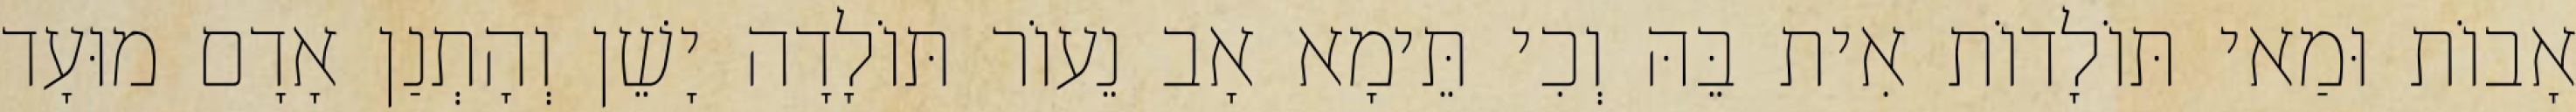
אָבוֹת וּמַאי תּוֹלָדוֹת אִית בֵּהּ וְכִי תֵּימָא אָב נֵעוֹר תּוֹלָדָה יָשֵׁן וְהָתְנַן אָדָם מוּעָד